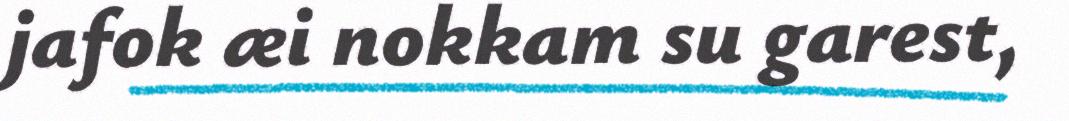
jafok æi nokkam su garest,